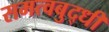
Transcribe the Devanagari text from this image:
समत्वबुद्धी